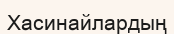
Хасинайлардың